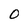
Character: O